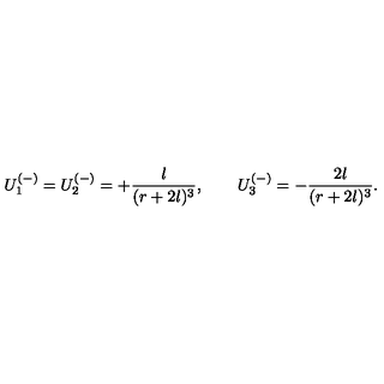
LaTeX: U _ { 1 } ^ { ( - ) } = U _ { 2 } ^ { ( - ) } = + \frac { l } { ( r + 2 l ) ^ { 3 } } , \qquad U _ { 3 } ^ { ( - ) } = - \frac { 2 l } { ( r + 2 l ) ^ { 3 } } .